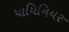
પાયિનિયર